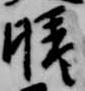
晴